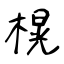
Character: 榥